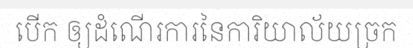
បើក ឲ្យដំណើរការនៃការិយាល័យច្រក